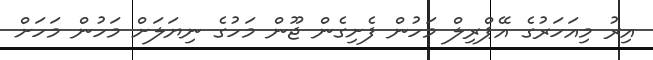
އިރު މިއަހަރުގެ އޭޕްރިލް މަހުން ފެށިގެން ޖޫން މަހުގެ ނިޔަލަށް މަހުން މަހަށް